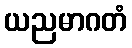
ယညမာဂတံ